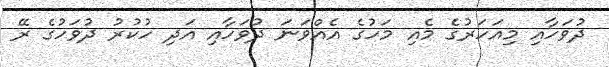
ދުވަހާއި މިއަހަރުގެ މެއި މަހުގެ އެއްވަނަ ދުވަހާއި އަދި ހުކުރު ދުވަހުގެ ރޭ